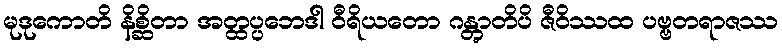
မုဒုကောတိ နိစ္ဆိတာ အတ္ထပ္ပဘေဒါ ဝီရိယတော ဂန္တွာတိပိ ဇီဝိဿထ ပဗ္ဗတရာဇဿ